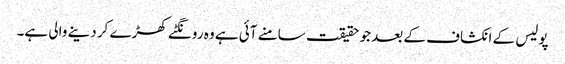
پولیس کے انکشاف کے بعد جو حقیقت سامنے آئی ہے وہ رونگٹے کھڑے کر دینے والی ہے۔